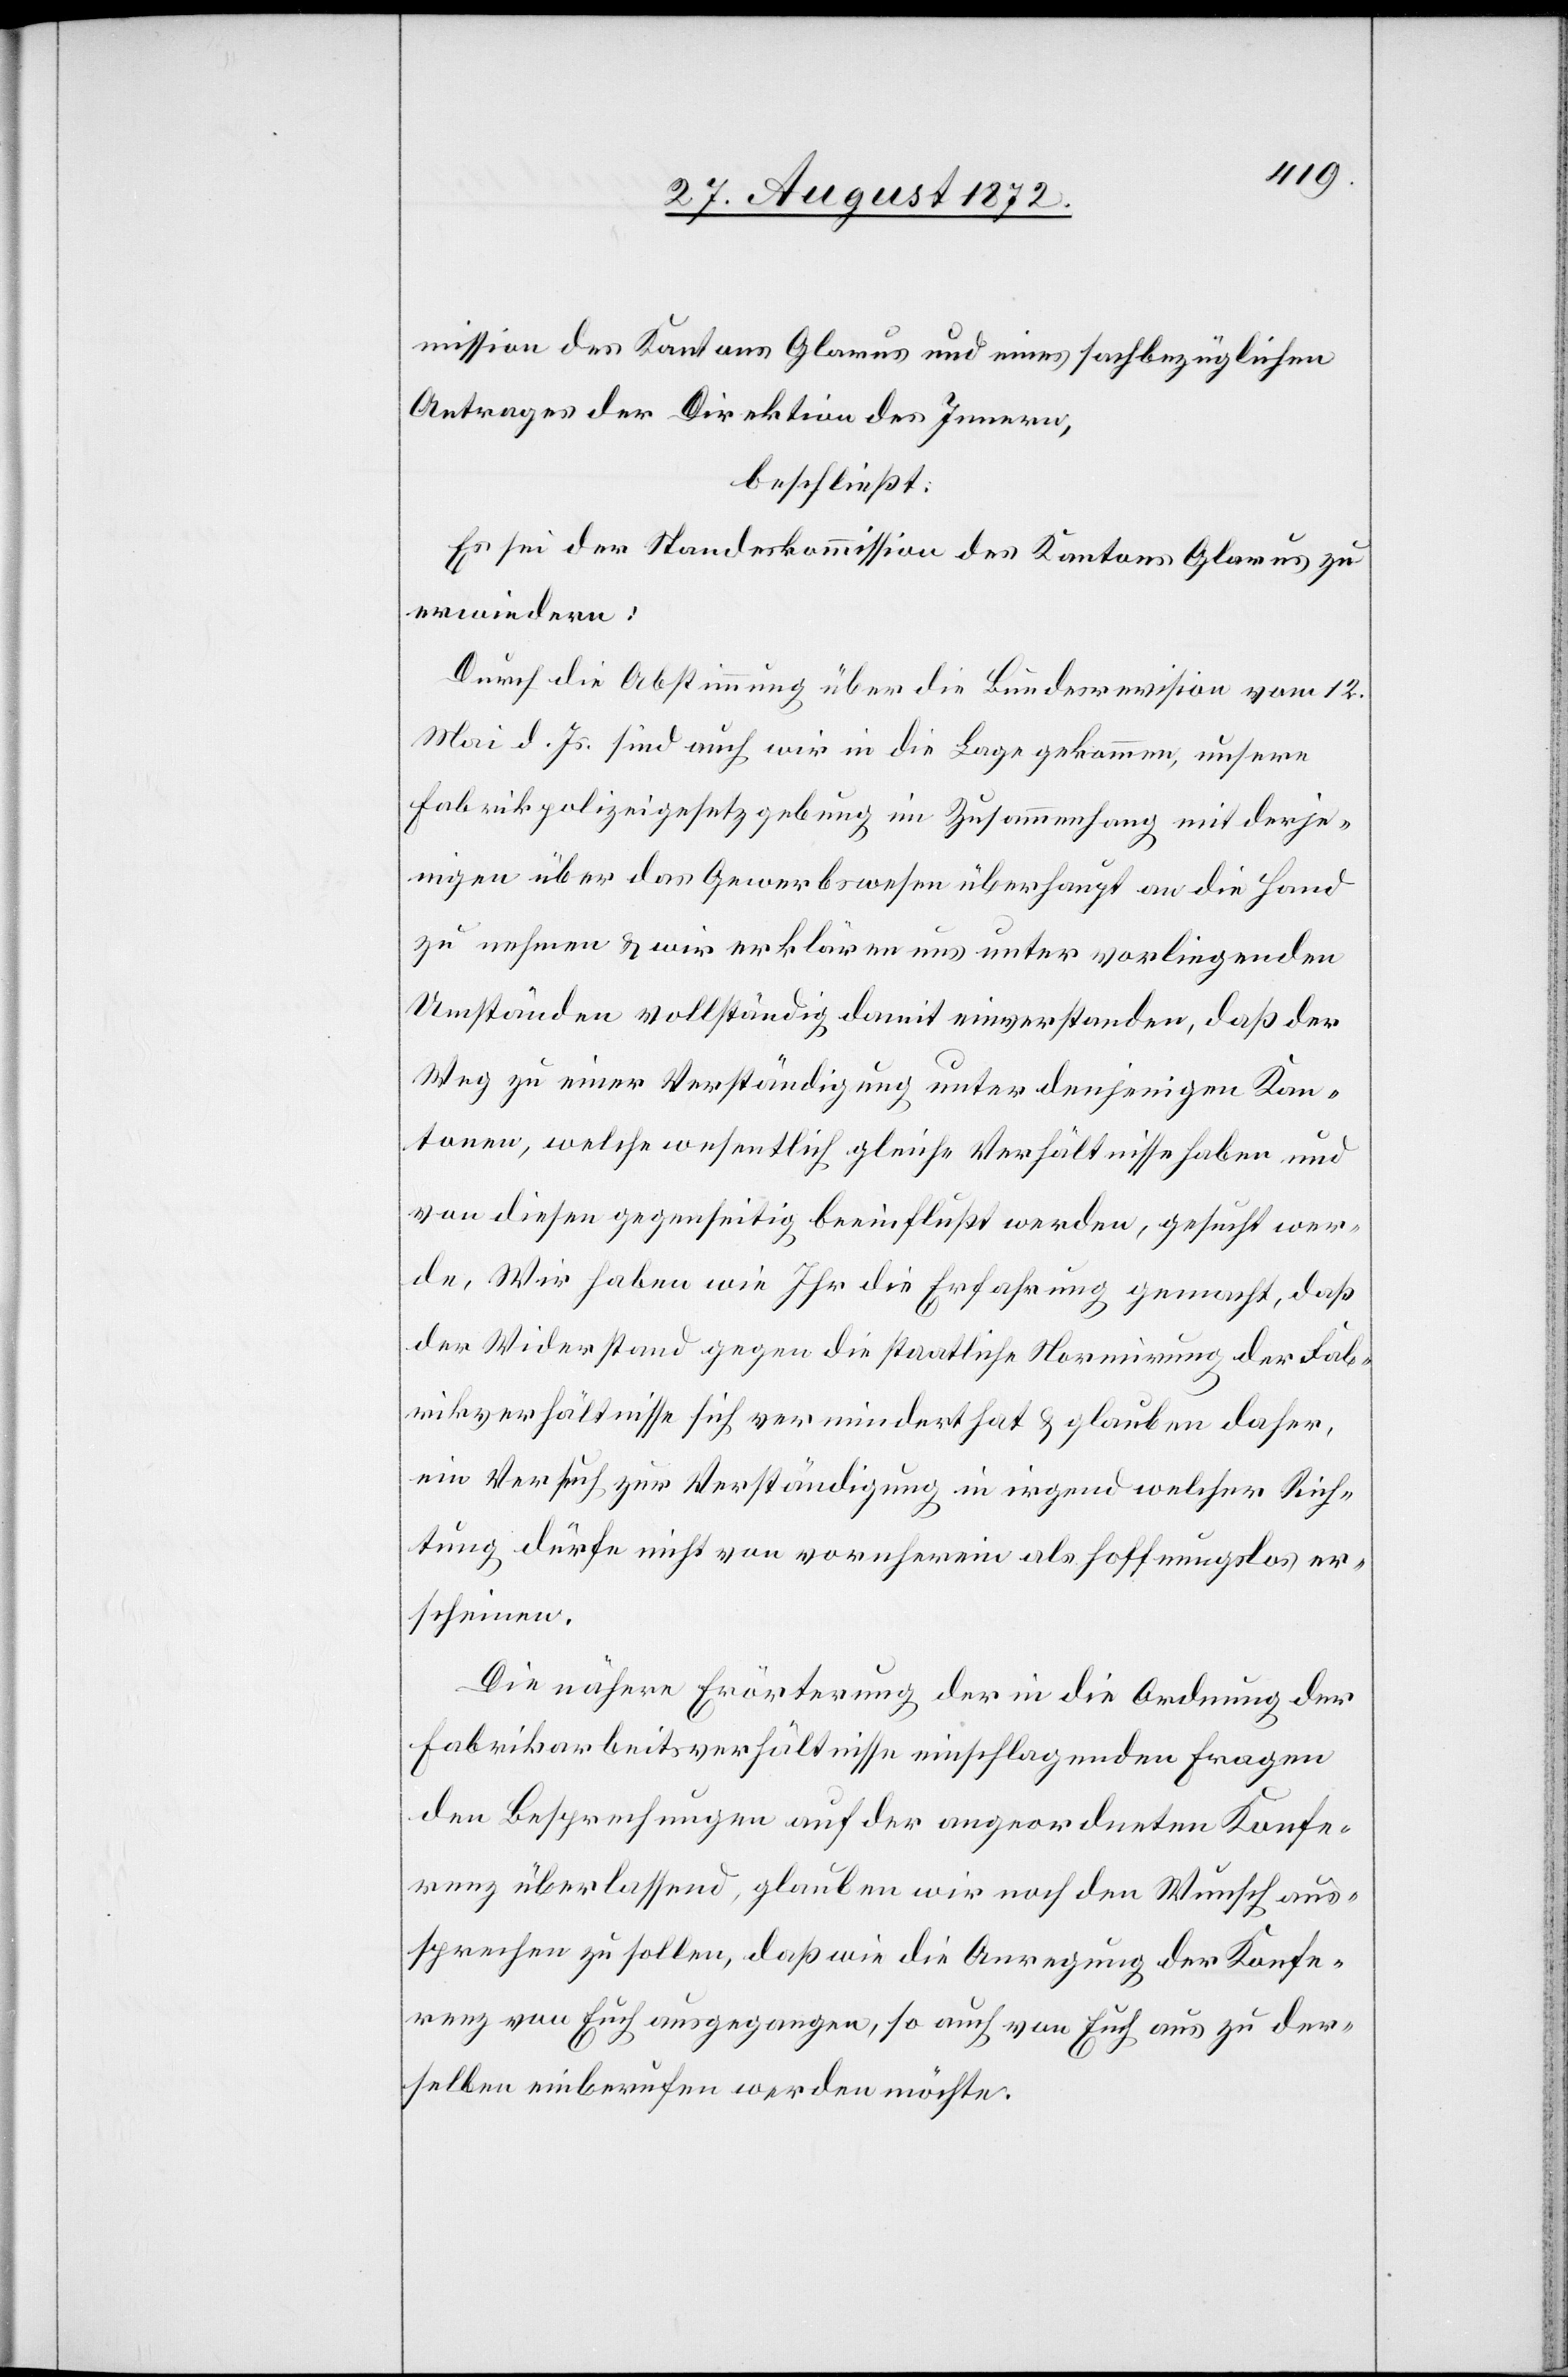
mission des Kantons Glarus und eines sachbezüglichen
Antrages der Direktion des Innern,
beschließt:
Es sei der Standeskommission des Kantons Glarus zu
erwiedern:
Durch die Abstimmung über die Bundesrevision vom 12.
Mai d. Js. sind auch wir in die Lage gekommen, unsere
Fabrikpolizeigesetzgebung im Zusammenhang mit derje¬
nigen über das Gewerbswesen überhaupt an die Hand
zu nehmen u. wir erklären uns unter vorliegenden
Umständen vollständig damit einverstanden, daß der
Weg zu einer Verständigung unter denjenigen Kan¬
tonen, welche wesentlich gleiche Verhältnisse haben und
von diesen gegenseitig beeinflußt werden, gesucht wer¬
de. Wir haben wie Ihr die Erfahrung gemacht, daß
der Widerstand gegen die staatliche Normirung der Fab¬
rikverhältnisse sich vermindert hat u. glauben daher,
ein Versuch zur Verständigung in irgendwelcher Rich¬
tung dürfe nicht von vornherein als hoffnungslos er¬
scheinen.
Die nähere Erörterung der in die Ordnung der
Fabrikarbeitsverhältnisse einschlagenden Fragen
den Besprechungen auf der angeordneten Konfe¬
renz überlassend, glauben wir noch den Wunsch aus¬
sprechen zu sollen, daß wie die Anregung der Konfe¬
renz von Euch ausgegangen, so auch von Euch aus zu der¬
selben einberufen werden möchte.